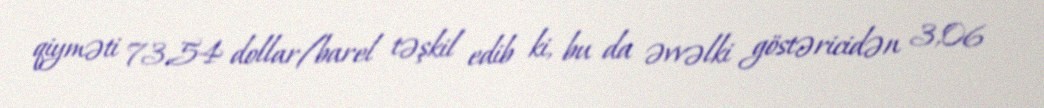
qiyməti 73,54 dollar/barel təşkil edib ki, bu da əvvəlki göstəricidən 3,06